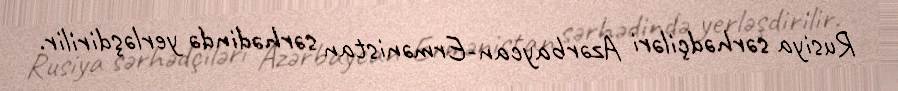
Rusiya sərhədçiləri Azərbaycan-Ermənistan sərhədində yerləşdirilir.